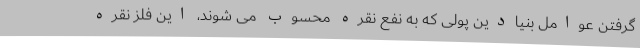
گرفتن عوامل بنیادین پولی که به نفع نقره محسوب می شوند، این فلز نقره